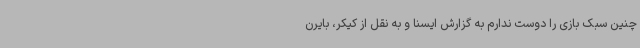
چنین سبک بازی را دوست ندارم به گزارش ایسنا و به نقل از کیکر، بایرن